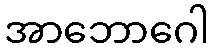
အာဘောဂေါ